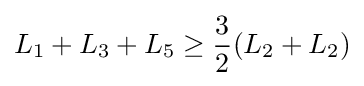
L_{\text{1}}+L_{\text{3}}+L_{\text{5}}\geq {3 \over 2}(L_{\text{2}}+L_{\text{2}})